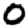
Digit: 0